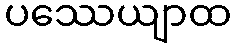
ပဿေယျာထ